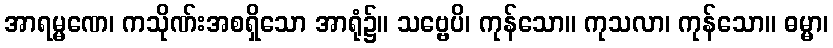
အာရမ္မဏေ၊ ကသိုဏ်းအစရှိသော အာရုံ၌။ သဗ္ဗေပိ၊ ကုန်သော။ ကုသလာ၊ ကုန်သော။ ဓမ္မာ၊